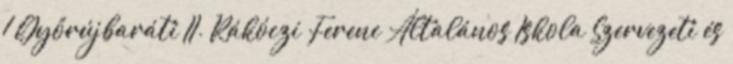
1 Győrújbaráti II. Rákóczi Ferenc Általános Iskola Szervezeti és